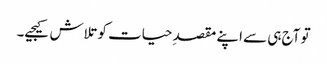
تو آج ہی سے اپنے مقصدِ حیات کو تلاش کیجیے۔